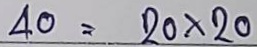
40 = 20 x 20